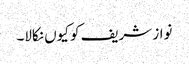
نواز شریف کو کیوں نکالا۔